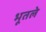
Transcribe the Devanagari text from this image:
भूतले